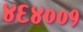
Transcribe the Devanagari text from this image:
४६४००१